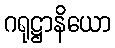
ဂရုဋ္ဌာနိယော